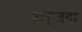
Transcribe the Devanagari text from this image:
राइज़दा